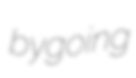
bygoing